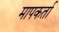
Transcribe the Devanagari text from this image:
मापकर्ता